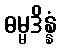
ဓမ္မဒိန္နံ